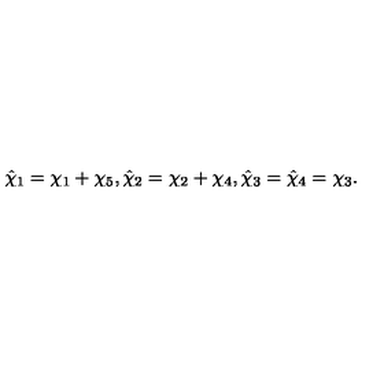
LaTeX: \hat { \chi } _ { 1 } = \chi _ { 1 } + \chi _ { 5 } , \hat { \chi } _ { 2 } = \chi _ { 2 } + \chi _ { 4 } , \hat { \chi } _ { 3 } = \hat { \chi } _ { 4 } = \chi _ { 3 } .